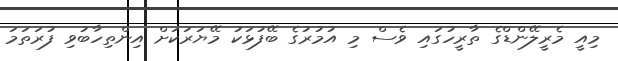
މިއީ މެރީލޭންޑްގެ ތާރީހުގައި ވެސް މި އުމުރުގެ ބޭފުޅަކު މޭޔަރަކަށް އިންތިހާބުވި ފުރަތަމަ